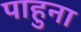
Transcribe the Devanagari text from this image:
पाहुना